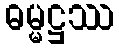
ဓမ္မဋ္ဌဿ